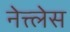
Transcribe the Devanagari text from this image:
नेत्त्लेस